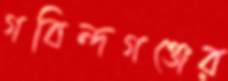
গবিন্দগঞ্জের